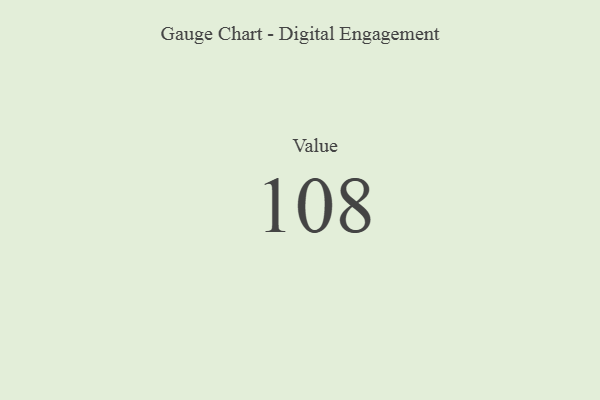
{"axis": {"x": "Metric", "y": "Value"}, "legend": [""], "data": [{"x": "Value", "y": 108, "type": ""}]}